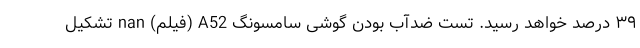
۳۹ درصد خواهد رسید. تست ضدآب بودن گوشی سامسونگ A52 (فیلم) nan تشکیل